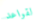
لقواعد